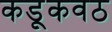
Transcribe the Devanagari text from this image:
कडूकवठ